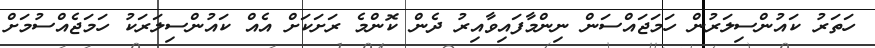
ހަތަރު ކައުންސިލަރުން ހަމަޖައްސަން ނިންމާފައިވާއިރު ދެން ކޮންމެ ރަށަކަށް އެއް ކައުންސިލަރަކު ހަމަޖެއްސުމަށް